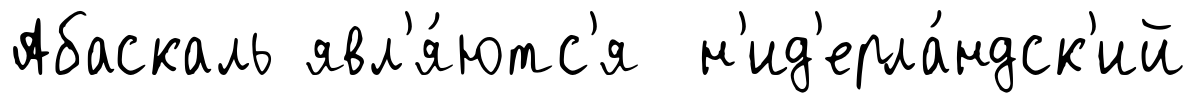
Абаскаль явл'я́ютс'я н'ид'ерла́ндск'ий